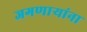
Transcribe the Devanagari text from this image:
जगणाऱ्यांना